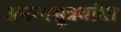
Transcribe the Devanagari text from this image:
अनन्तसूत्रबांधा